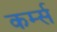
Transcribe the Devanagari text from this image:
कर्म्स